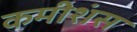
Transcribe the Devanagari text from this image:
कमीशंस